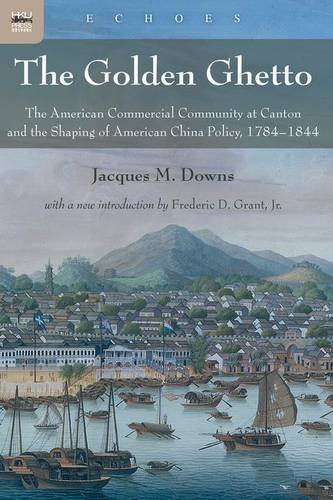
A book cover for The Golden Ghetto: The American Commercial Community at Canton and the Shaping of American China Policy, 1784-1844 (Echoes: Classics of Hong Kong Culture and History); Jacques M. Downs; History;